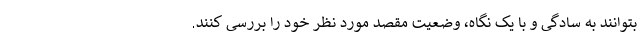
بتوانند به سادگی و با یک نگاه، وضعیت مقصد مورد نظر خود را بررسی کنند.